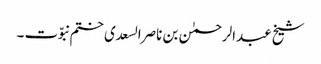
شیخ عبدالرحمٰن بن ناصرالسعدی ختم نبوّت ۔